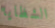
الشظايا